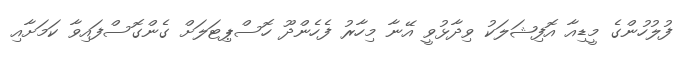
ފުލުހުންގެ މީޑިއާ އޮފިޝަލަކު ވިދާޅުވީ އޭނާ މިހާރު ފެހެންދޫ ހޮސްޕިޓަލަށް ގެންގޮސްފައިވާ ކަމަށާއި